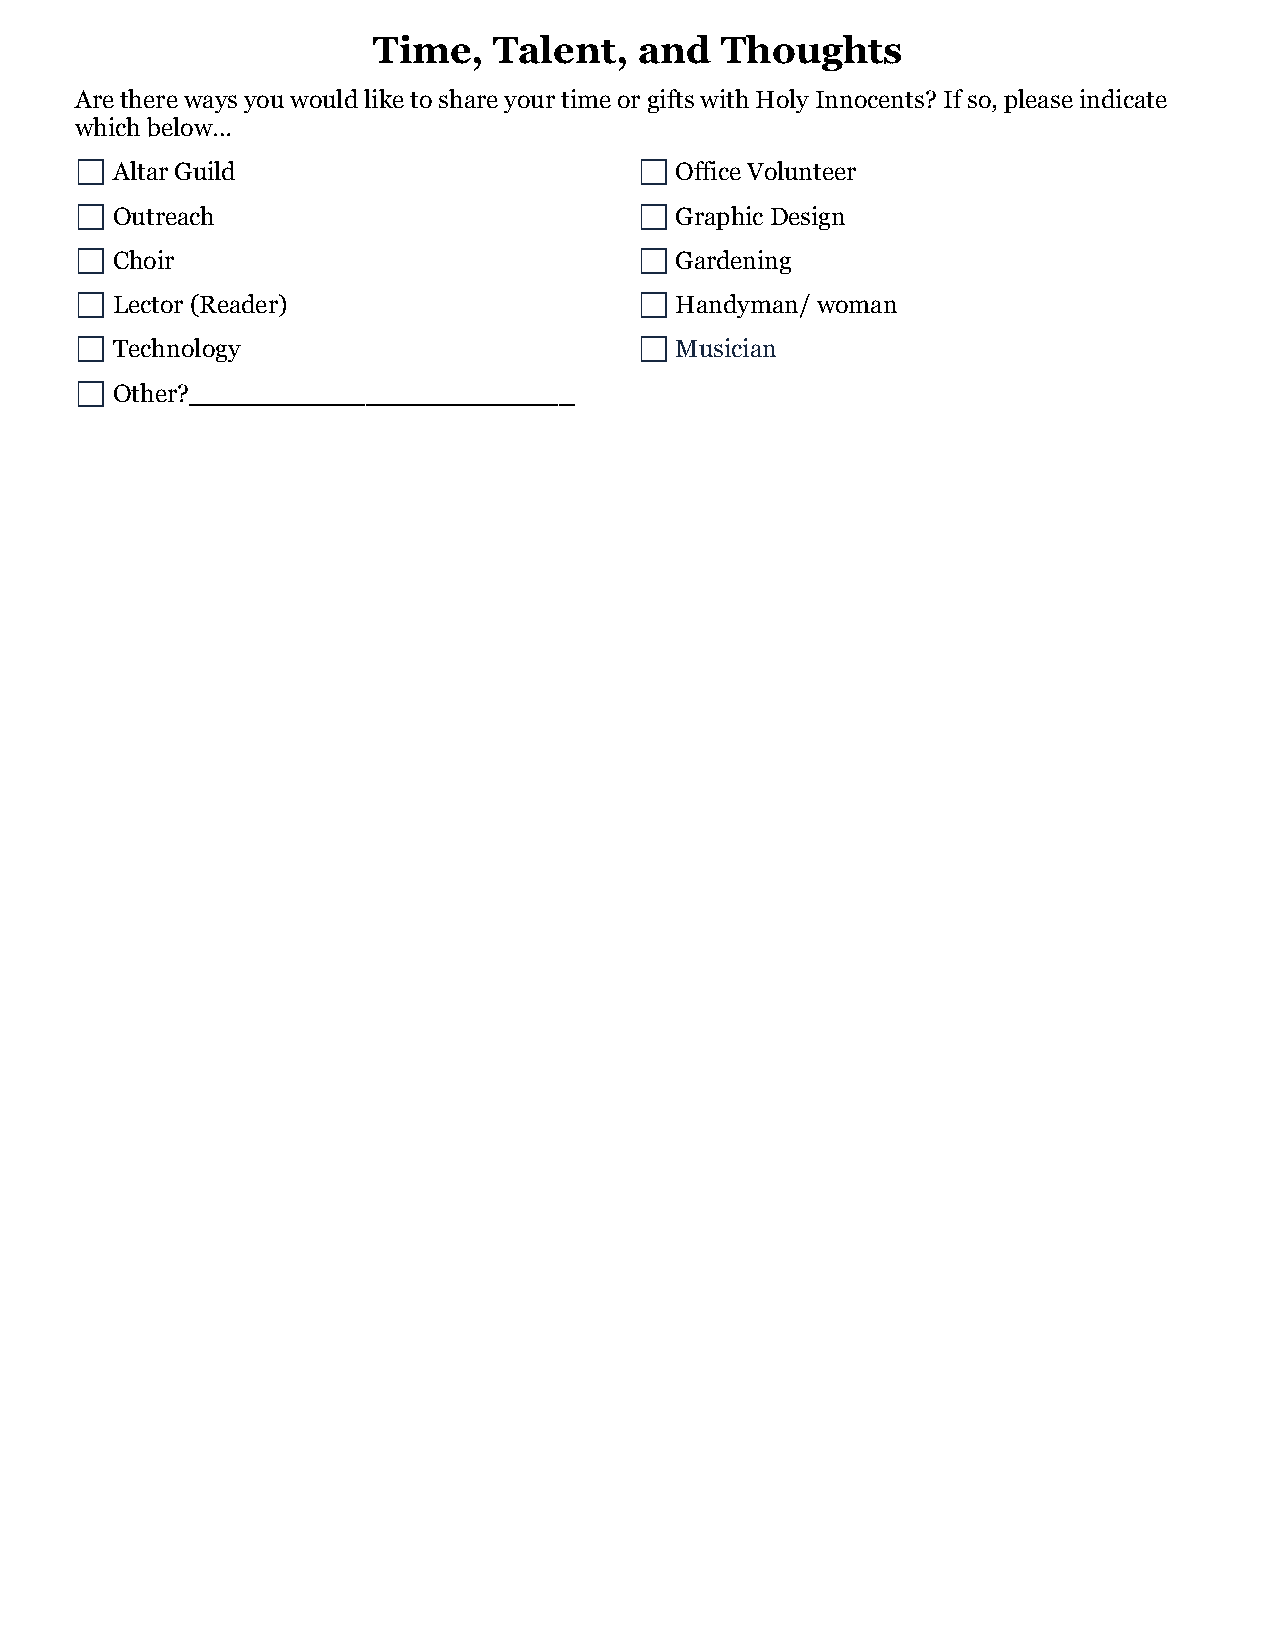
Time,   Talent,  and   Thoughts
 Are there ways you would like to share your time or gifts with Holy Innocents? If so, please indicate
 which below…
 ⬜ Altar Guild                        ⬜  Office Volunteer
 ⬜ Outreach                           ⬜  Graphic Design
 ⬜ Choir                              ⬜  Gardening
 ⬜ Lector (Reader)                    ⬜  Handyman/ woman
 ⬜ Technology                         ⬜  Musician
 ⬜ Other?________________________